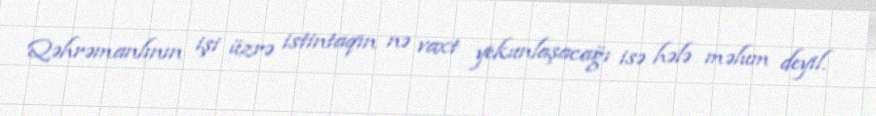
Qəhrəmanlının işi üzrə istintaqın nə vaxt yekunlaşacağı isə hələ məlum deyil.